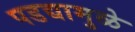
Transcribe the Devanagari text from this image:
पडद्यामुळे